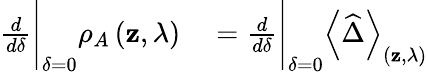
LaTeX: \begin{array}{rl}{\frac{d}{d\delta}\Bigg\vert_{\delta=0}\rho_{A}\left(\mathbf{z},\lambda\right)}&{{}=\frac{d}{d\delta}\Bigg\vert_{\delta=0}\left<\widehat{\Delta}\right>_{\left(\mathbf{z},\lambda\right)}}\end{array}